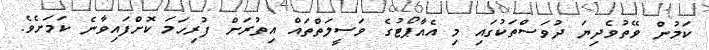
ކަމުން ވޭތުވެދިޔަ ދުވަސްތަކުގައި މި އެއާޕޯޓުގެ ވަސީލަތްތައް އިތުރަށް ފުރިހަމަ ކޮށްފައިވާނެ ކަމަށެވެ.